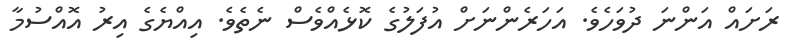
ރަށައް އަންނަ ދުވަހެވެ. އަހަރެންނަށް އުފަލުގެ ކޮޅެއްވެސް ނެތެވެ. އިއްޔެގެ އިރު އޮއްސުމާ